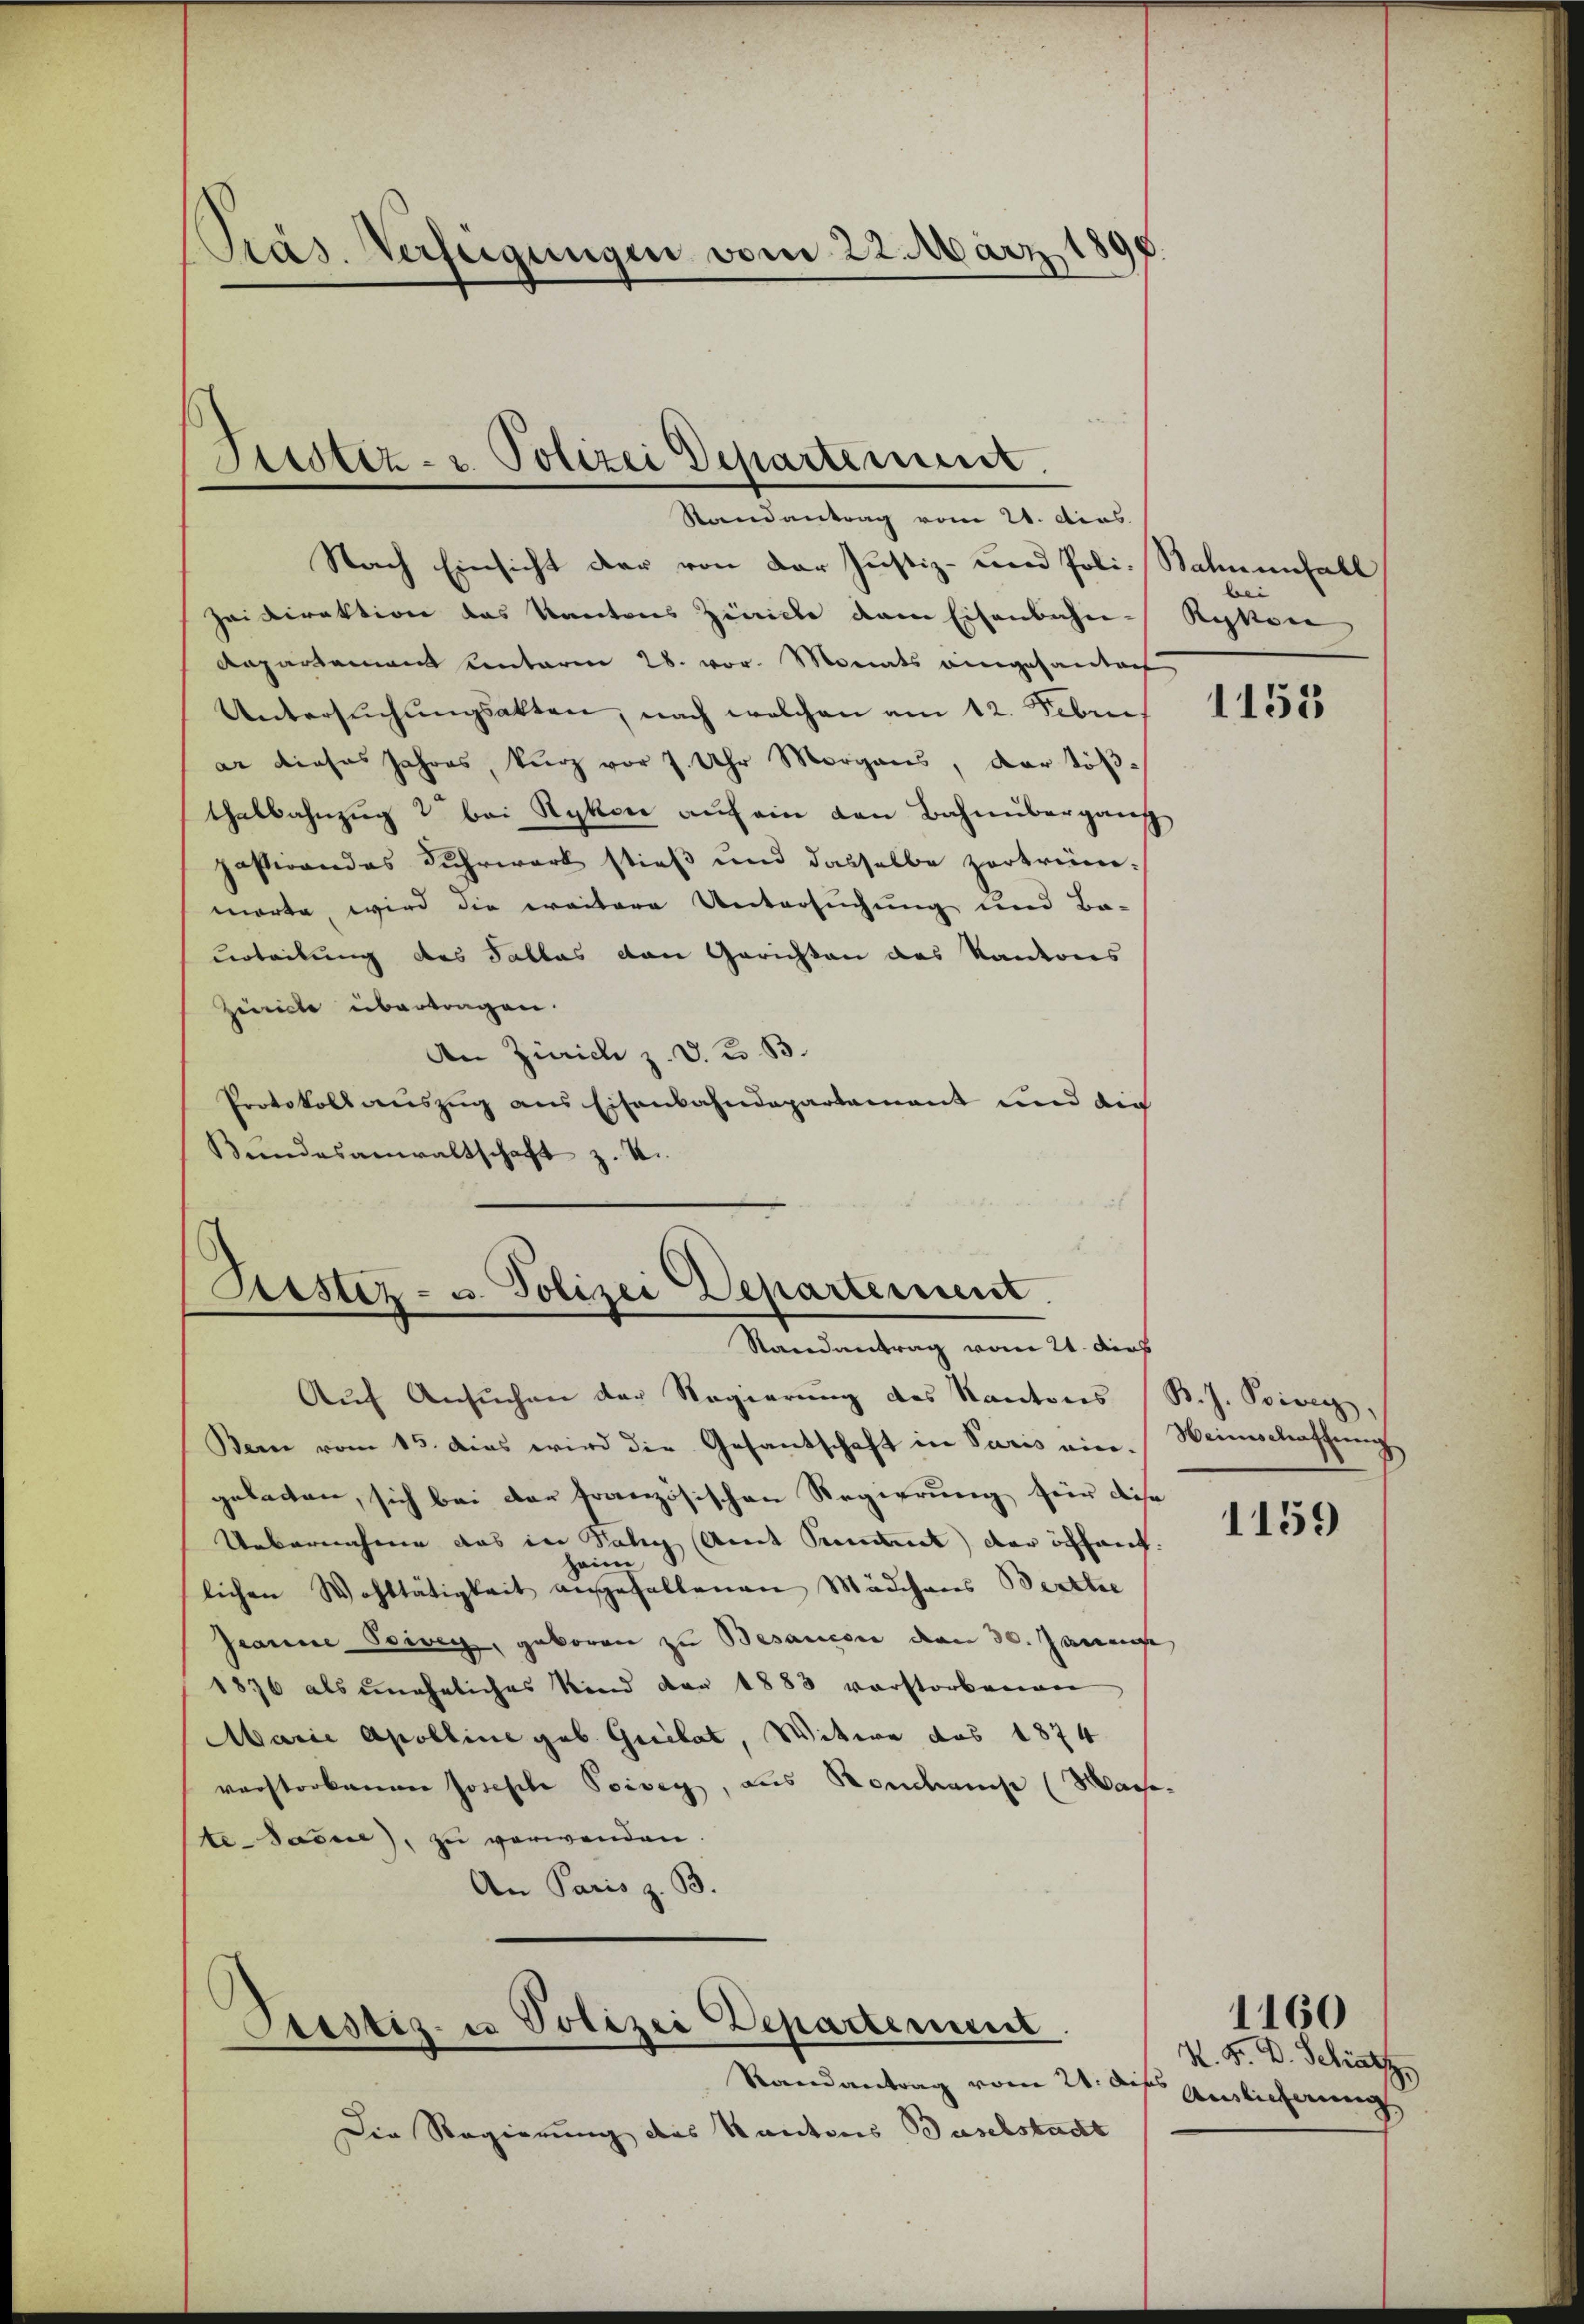
.
Pras. Verfügungen vom 22. März

Justiz- u. Polizei Departement.
Randantrag vom 21. dies

Nach Einsicht der von der Justiz- und Poli-Bahnenfall
Haidirektion des Kantons Zinicke dem Eisenbahn-Rykon
Repartement einterm 28. vor. Monats eingesantent
Untersŭchŭngsakten, nach welchen am 12. Febru
ar dieses Jahres, kurz vor 7. Uhr Morgans, der Töß-
thalbahnzŭg 2 bei Sykon aŭf ein von Bahnübergans
pastiandes Kuhrwerk stieß und dasselbe zertrüm-
morte, wird die weitere Untersuchung und Ba-
urteilung des Sallas den Gerichten das Kantons
Zeichte übertragen.
An Zürich z. V. B. B.
Protokoll auszug aus Eisenbahndepartamant und die
Bundesanwaltschaft z. B.

rstiz- u. Polizei Departement.
Randantrag vom 21. die

Justiz- u Polizei Departement

bei

Aŭf Ansŭchen der Regierŭng des Kantons (B. J. Boiven,
Bern vom 15. das wird die Gesantschaft in Paris ein. Weinschaffung
gebatten, sich bei der französischen Regierung für diese
Uebernahme das in Salig Amt Simmel der öffent.
haim
lichen Wohltätigkeit angefallenen Mädchens Berttie
Geanne Seien, geboren zu Besauce den 30. Janu
1876 als uneheliches Kind der 1883 verstorbenen
Marie Apolline geb. Guilat, Witwe des 1874
verstorbenen Josefile Poiveg, aus Randhause (Mache
te Jaune), zu verwenden.
An Paris z. B.

Randantrag vom 21. diss
Die Regierung des Kantons Baselstadt

1155

a

1159

1160

M. M. D. Schatz
Aislicherung